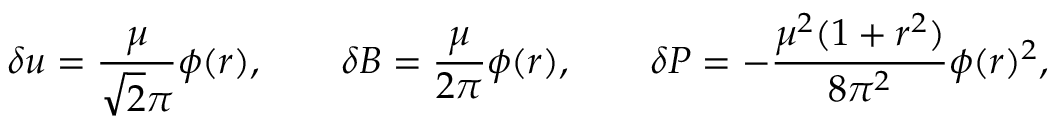
\delta u = \frac { \mu } { \sqrt { 2 } \pi } \phi ( r ) , \quad \quad \delta B = \frac { \mu } { 2 \pi } \phi ( r ) , \quad \quad \delta P = - \frac { \mu ^ { 2 } ( 1 + r ^ { 2 } ) } { 8 \pi ^ { 2 } } \phi ( r ) ^ { 2 } ,